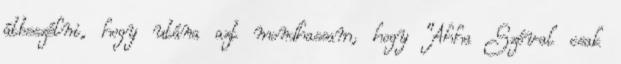
átbeszélni, hogy utána azt mondhassam, hogy "Ahha Szóval csak